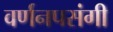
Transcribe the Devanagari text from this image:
वर्णनपसंगी